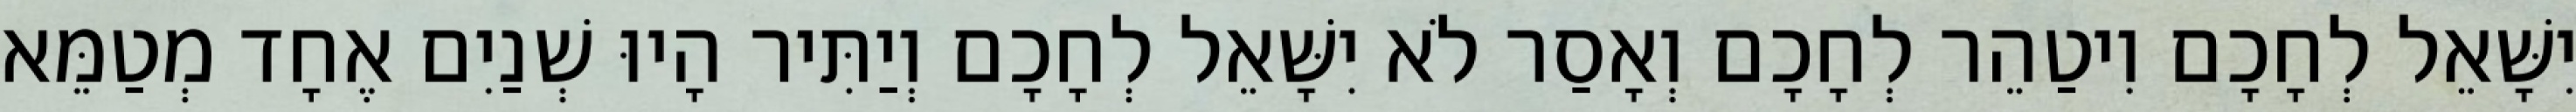
יִשָּׁאֵל לְחָכָם וִיטַהֵר לְחָכָם וְאָסַר לֹא יִשָּׁאֵל לְחָכָם וְיַתִּיר הָיוּ שְׁנַיִם אֶחָד מְטַמֵּא